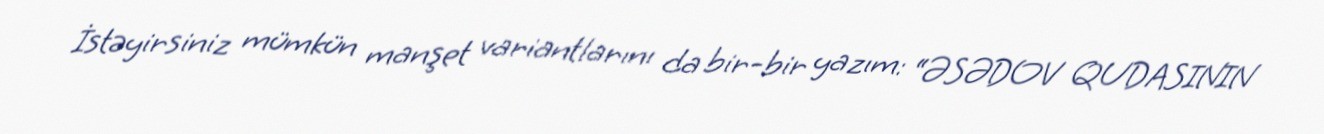
İstəyirsiniz mümkün manşet variantlarını da bir-bir yazım: “ƏSƏDOV QUDASININ